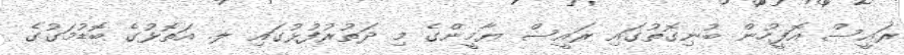
ރައީސް އޮފީހުން ބުނިގޮތުގައި ރައީސް ޔާމީންގެ މި ދަތުރުފުޅުގައި ލ. އަތޮޅުގެ ބޮޑުމަގުގެ